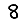
Digit: 8